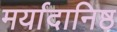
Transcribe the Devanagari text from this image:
मर्यादानिष्ठ